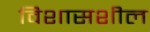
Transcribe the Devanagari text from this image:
विशासशील